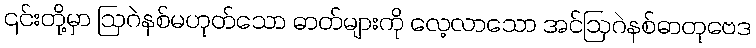
၎င်းတို့မှာ ဩဂဲနစ်မဟုတ်သော ဓာတ်များကို လေ့လာသော အင်ဩဂဲနစ်ဓာတုဗေဒ